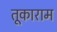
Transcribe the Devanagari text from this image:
तूकाराम